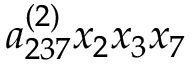
a _ { 2 3 7 } ^ { ( 2 ) } x _ { 2 } x _ { 3 } x _ { 7 }